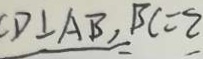
C D \bot A B , B C = 2